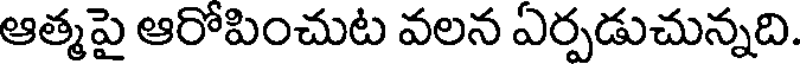
ఆత్మపై ఆరోపించుట వలన ఏర్పడుచున్నది.